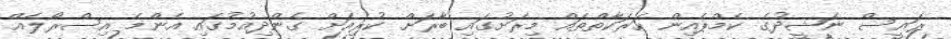
ރައީސް ނަޝީދުގެ ކެމްޕެއިން ހަރަކާތްތައް މިރަށުގައި ބާރަށް ކުރިއަށް ގެންދިއުމުގައި އެންމެ އިސްރޯލެއް